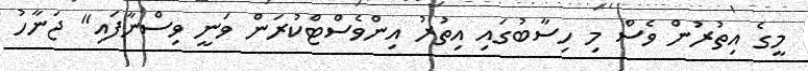
މީގެ އިތުރުން ވެސް މި ހިސާބުގައި އިތުރު އިންވެސްޓްކުރަން ވަނީ ވިސްނާފައި" ޖަނާހު